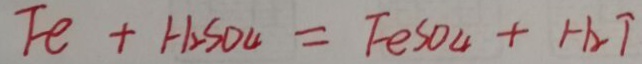
F e + H _ { 2 } S O _ { 4 } = F e S O _ { 4 } + H _ { 2 } \uparrow